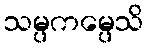
သမ္ပကမ္ပေသိ